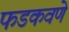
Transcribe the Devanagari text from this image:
फडकवणे